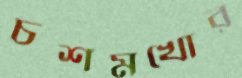
চশমখোর